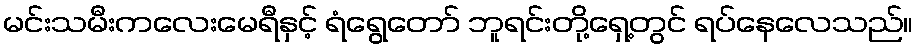
မင်းသမီးကလေးမေရီနှင့် ရံရွေတော် ဘူရင်းတို့ရှေ့တွင် ရပ်နေလေသည်။